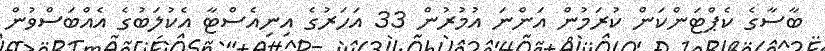
ބާސާގެ ކެޕްޓަންކަން ކުރަމުން އަންނަ އުމުރުން 33 އަހަރުގެ އިނިއެސްޓާ އެކުލަބުގެ އެއްބަސްވުން